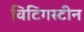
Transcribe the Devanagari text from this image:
विटिंगस्टीन